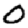
Digit: 0